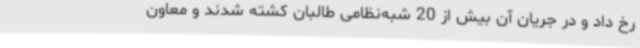
رخ داد و در جریان آن بیش از 20 شبه‌نظامی طالبان کشته شدند و معاون